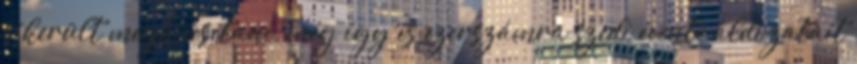
sikerült meghiúsítani, még így is ezerszámra szedi évente áldozatait